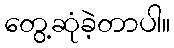
တွေ့ဆုံခဲ့တာပါ။